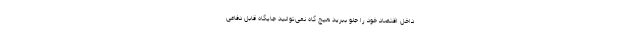
داخل اقتصاد خود را جلو ببرید هیچ گاه نمی‌توانید جایگاه قابل دفاعی